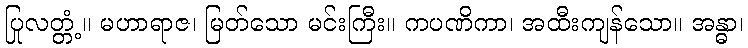
ပြုလတ္တံ့။ မဟာရာဇ၊ မြတ်သော မင်းကြီး။ ကပဏိကာ၊ အထီးကျန်သော။ အန္ဓာ၊